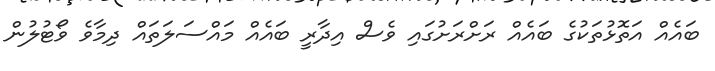
ބައެއް އަތޮޅުތަކުގެ ބައެއް ރަށްރަށުގައި ވެސް އިދާރީ ބައެއް މައްސަލަތައް ދިމާވެ ވޯޓުލުން